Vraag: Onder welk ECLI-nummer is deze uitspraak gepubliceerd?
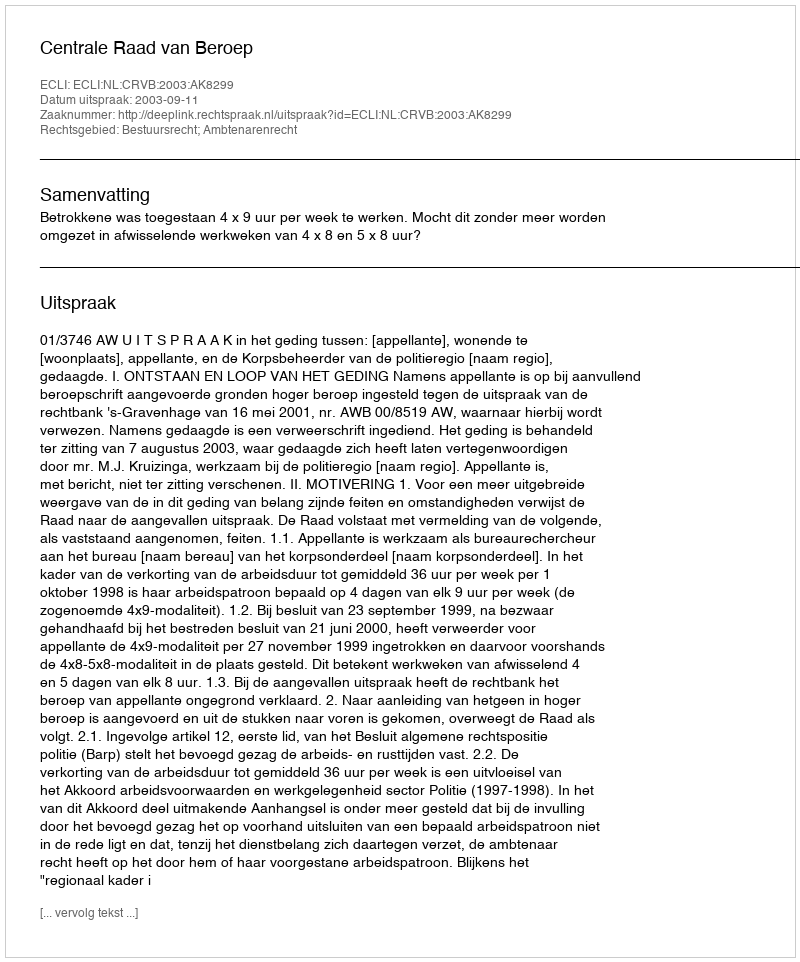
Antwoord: ECLI:NL:CRVB:2003:AK8299